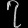
Digit: ၇